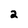
Character: 2